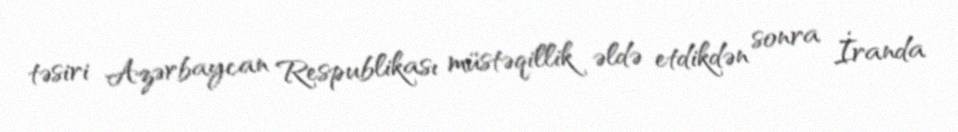
təsiri Azərbaycan Respublikası müstəqillik əldə etdikdən sonra İranda